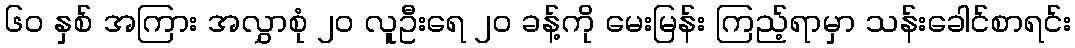
၆၀ နှစ် အကြား အလွှာစုံ ၂၀ လူဦးရေ ၂၀ ခန့်ကို မေးမြန်း ကြည့်ရာမှာ သန်းခေါင်စာရင်း